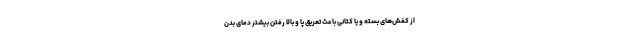
از کفش‌های بسته و یا کتانی باعث تعریق پا و بالا رفتن بیشتر دمای بدن